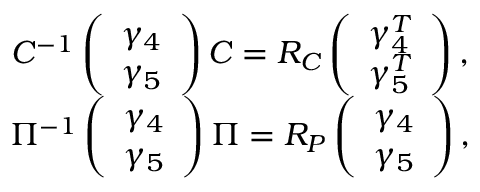
\begin{array} { c } { { C ^ { - 1 } \left( \begin{array} { c } { { \gamma _ { 4 } } } \\ { { \gamma _ { 5 } } } \end{array} \right) C = R _ { C } \left( \begin{array} { c } { { \gamma _ { 4 } ^ { T } } } \\ { { \gamma _ { 5 } ^ { T } } } \end{array} \right) , } } \\ { { \Pi ^ { - 1 } \left( \begin{array} { c } { { \gamma _ { 4 } } } \\ { { \gamma _ { 5 } } } \end{array} \right) \Pi = R _ { P } \left( \begin{array} { c } { { \gamma _ { 4 } } } \\ { { \gamma _ { 5 } } } \end{array} \right) , } } \end{array}